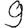
Digit: 9